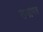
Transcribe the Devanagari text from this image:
सभापत्र